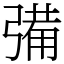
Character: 㣁